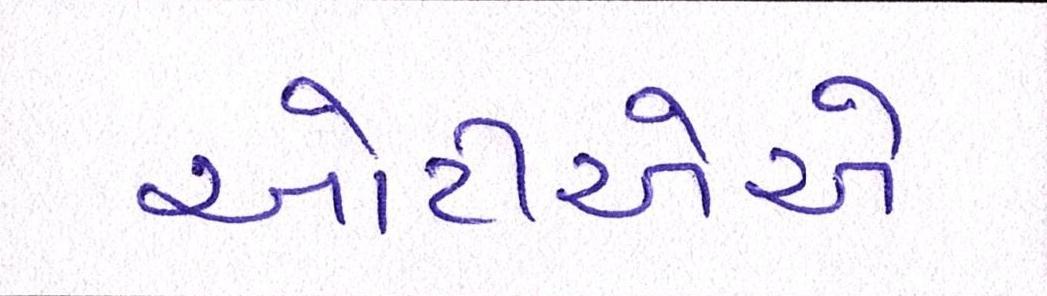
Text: ઓટીએએ